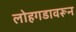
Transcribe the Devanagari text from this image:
लोहगडावरून